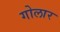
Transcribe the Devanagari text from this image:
गोलार